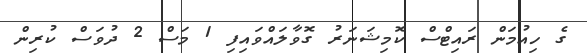
ގެ ހިއުމަން ރައިޓްސް ކޮމިޝަނަރު ގޮވާލައްވައިފި 1 މަސް 2 ދުވަސް ކުރިން